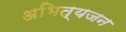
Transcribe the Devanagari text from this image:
अभित्यजन